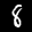
Label: 8